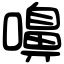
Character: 嚊